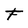
Character: F